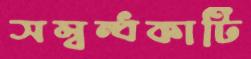
সম্বন্ধকাটি